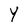
Character: Y